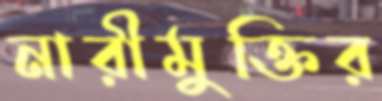
নারীমুক্তির